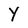
Character: Y